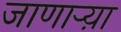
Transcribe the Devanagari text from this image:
जाणार्‍य़ा